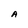
Character: A